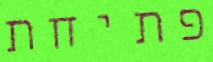
פתיחת